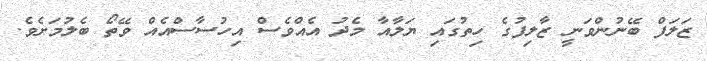
ޒަލަފް ބޭނުންވަނީ ޒާލިފުގެ ހިތުގައި ޔަލާއާ މެދު އެއްވެސް އިހުސާސްއެއް ވޭތޯ ބެލުމަށެވެ.